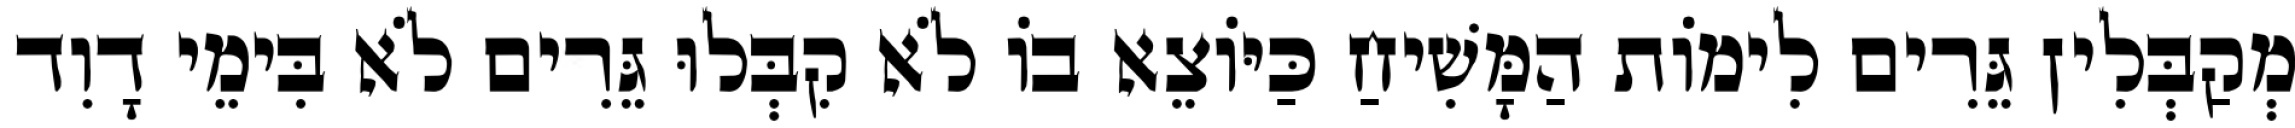
מְקַבְּלִין גֵּרִים לִימוֹת הַמָּשִׁיחַ כַּיּוֹצֵא בוֹ לֹא קִבְּלוּ גֵּרִים לֹא בִּימֵי דָוִד